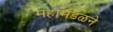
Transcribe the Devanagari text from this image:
महामंडळने